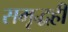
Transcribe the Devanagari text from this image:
समृद्धही